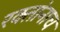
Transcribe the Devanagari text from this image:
रक्‍तांनाच